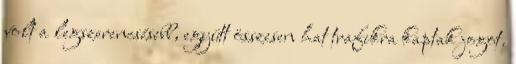
volt a legszerencsésebb, együtt összesen hat trafikra kaptak jogot.